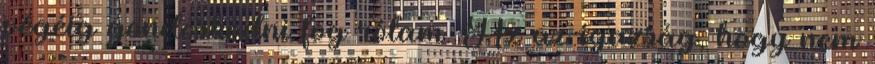
végéig gondoskodni fog rólam. Az az igazság, hogy nem